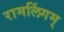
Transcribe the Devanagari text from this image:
रामलिंगम्